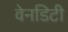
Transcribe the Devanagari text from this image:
वेनडिटी